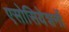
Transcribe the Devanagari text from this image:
एसोसियेशनों